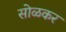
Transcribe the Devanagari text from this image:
सोळकर